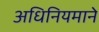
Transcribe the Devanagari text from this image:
अधिनियमाने